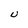
Character: U